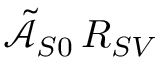
\tilde { \mathcal { A } } _ { S 0 } \, R _ { S V }